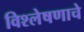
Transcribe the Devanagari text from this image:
विश्‍लेषणाचे